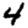
Digit: 4